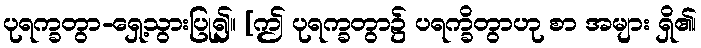
ပုရက္ခတွာ-ရှေ့သွားပြု၍။ [ဤ ပုရက္ခတွာ၌ ပရက္ခိတွာဟု စာ အများ ရှိ၏၊